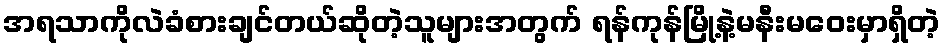
အရသာကိုလဲခံစားချင်တယ်ဆိုတဲ့သူများအတွက် ရန်ကုန်မြို့နဲ့မနီးမဝေးမှာရှိတဲ့